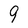
Character: 9